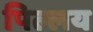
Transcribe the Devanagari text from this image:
पिल्लय